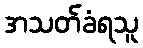
အသတ်ခံရသူ